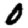
Digit: 0